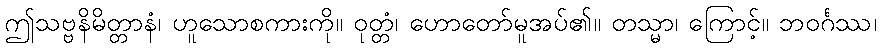
ဤသဗ္ဗနိမိတ္တာနံ၊ ဟူသောစကားကို။ ဝုတ္တံ၊ ဟောတော်မူအပ်၏။ တသ္မာ၊ ကြောင့်။ ဘဝင်္ဂဿ၊